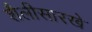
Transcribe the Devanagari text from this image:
शैलीसारखे